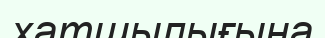
хатшылығына